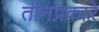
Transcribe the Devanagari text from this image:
तीनप्रकारे